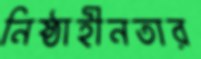
নিষ্ঠাহীনতার